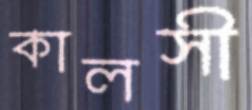
কালসী